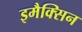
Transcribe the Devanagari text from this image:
इमैक्सिन